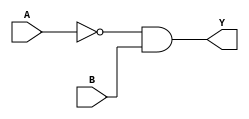
module XOR_gate (
    input A,
    input B,
    output Y
);

wire inv_A, inv_B, nand_out;

// First stage of inversion
not #1 (inv_A, A);
not #1 (inv_B, B);

// NAND gate implementation
nand #2 (nand_out, inv_A, B);

// Second stage of inversion
not #1 (Y, nand_out);

endmodule